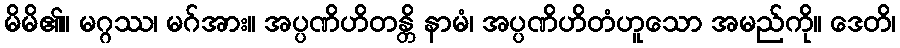
မိမိ၏။ မဂ္ဂဿ၊ မဂ်အား။ အပ္ပဏိဟိတန္တိ နာမံ၊ အပ္ပဏိဟိတံဟူသော အမည်ကို။ ဒေတိ၊